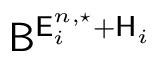
\mathsf { B } ^ { \mathsf { E } _ { i } ^ { n , \star } + \mathsf { H } _ { i } }